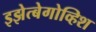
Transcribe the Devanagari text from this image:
इझेत्बेगोव्हिश